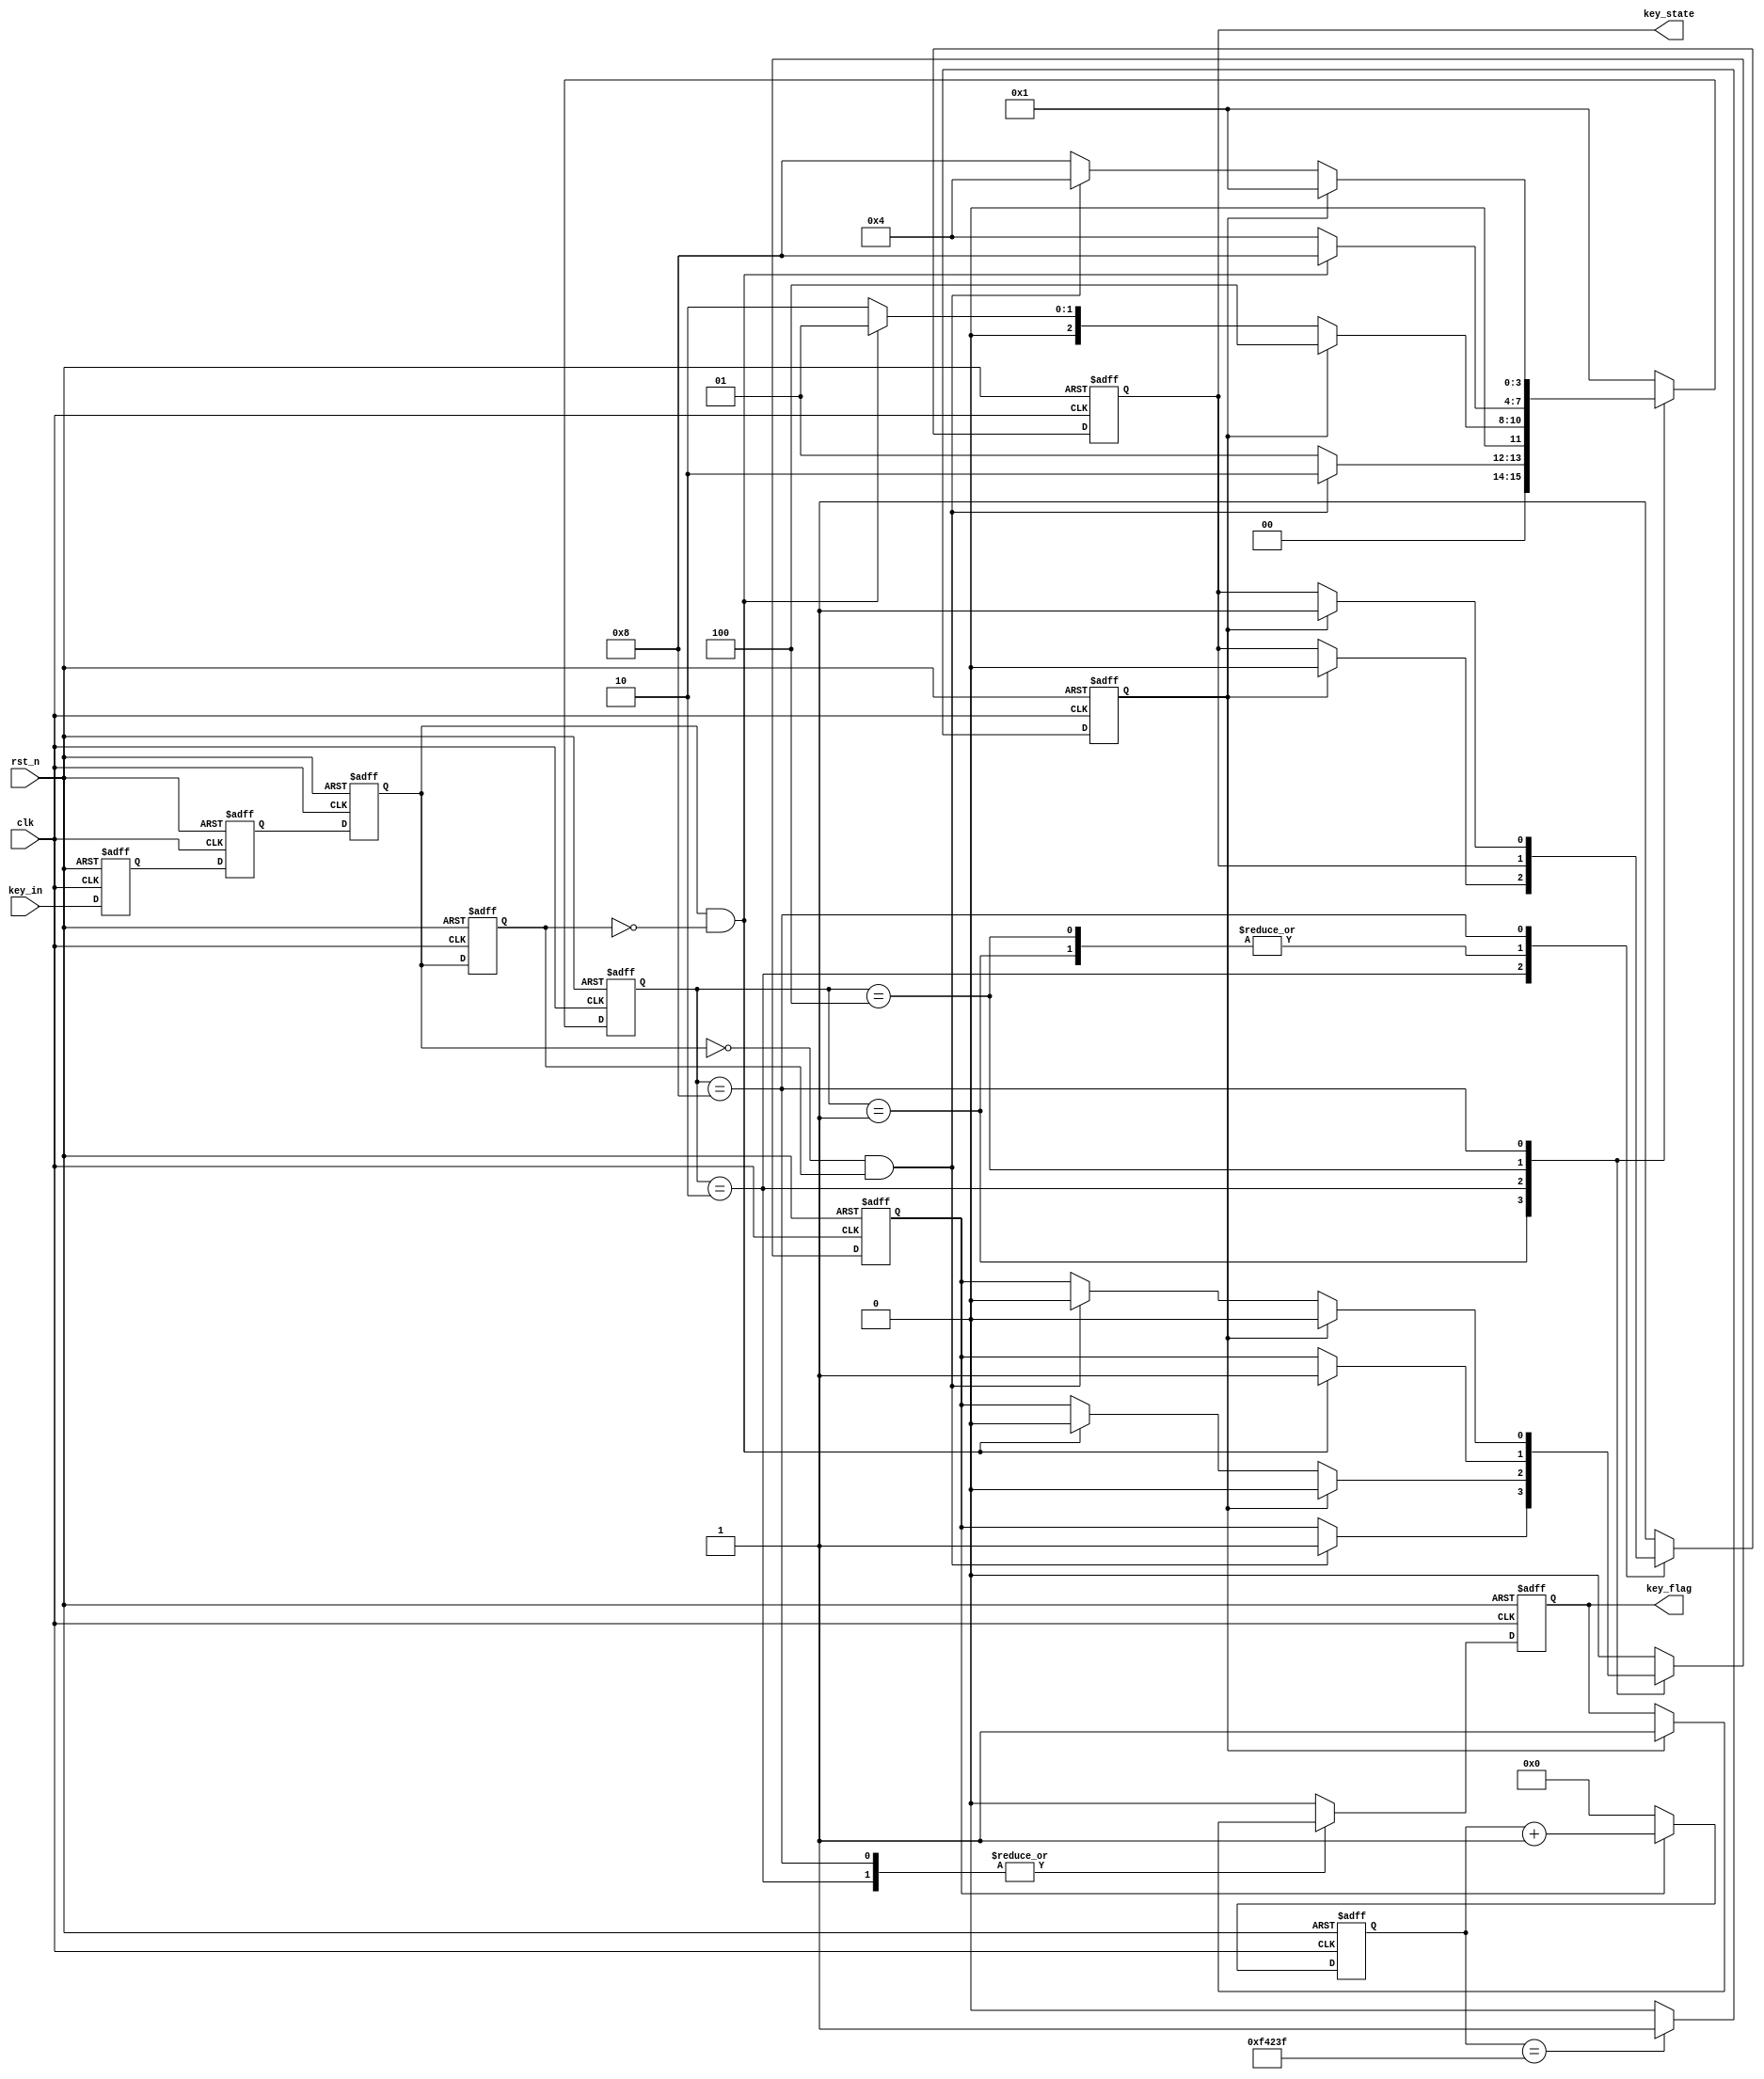
module key_filter(clk,
                  rst_n,
                  key_in,
                  key_flag,
                  key_state
                  );

	input clk;
	input rst_n;
	input key_in;
	
	output reg key_flag;
	output reg key_state;
	
	localparam
		IDEL		= 4'b0001,
		FILTER0	= 4'b0010,
		DOWN		= 4'b0100,
		FILTER1 	= 4'b1000;
		
	reg [3:0]state;
	reg [19:0]cnt;
	reg en_cnt;	//
	
//
	reg key_in_sa,key_in_sb;
	always@(posedge clk or negedge rst_n)
	if(!rst_n)begin
		key_in_sa <= 1'b0;
		key_in_sb <= 1'b0;
	end
	else begin
		key_in_sa <= key_in;
		key_in_sb <= key_in_sa;	
	end
	
	reg key_tmpa,key_tmpb;
	wire pedge,nedge;
	reg cnt_full;//
	
//D
	always@(posedge clk or negedge rst_n)
	if(!rst_n)begin
		key_tmpa <= 1'b0;
		key_tmpb <= 1'b0;
	end
	else begin
		key_tmpa <= key_in_sb;
		key_tmpb <= key_tmpa;	
	end

//	
	assign nedge = !key_tmpa & key_tmpb;
	assign pedge = key_tmpa & (!key_tmpb);
	
	always@(posedge clk or negedge rst_n)
	if(!rst_n)begin
		en_cnt <= 1'b0;
		state <= IDEL;
		key_flag <= 1'b0;
		key_state <= 1'b1;
	end
	else begin
		case(state)
			IDEL :
				begin
					key_flag <= 1'b0;
					if(nedge)begin
						state <= FILTER0;
						en_cnt <= 1'b1;
					end
					else
						state <= IDEL;
				end
					
			FILTER0:
				if(cnt_full)begin
					key_flag <= 1'b1;
					key_state <= 1'b0;
					en_cnt <= 1'b0;
					state <= DOWN;
				end
				else if(pedge)begin
					state <= IDEL;
					en_cnt <= 1'b0;
				end
				else
					state <= FILTER0;
					
			DOWN:
				begin
					key_flag <= 1'b0;
					if(pedge)begin
						state <= FILTER1;
						en_cnt <= 1'b1;
					end
					else
						state <= DOWN;
				end
			
			FILTER1:
				if(cnt_full)begin
					key_flag <= 1'b1;
					key_state <= 1'b1;
					en_cnt <= 1'b0;
					state <= IDEL;
				end
				else if(nedge)begin
					en_cnt <= 1'b0;
					state <= DOWN;
				end
				else
					state <= FILTER1;
			
			default:
				begin 
					state <= IDEL; 
					en_cnt <= 1'b0;		
					key_flag <= 1'b0;
					key_state <= 1'b1;
				end
				
		endcase	
	end
	
	always@(posedge clk or negedge rst_n)
	if(!rst_n)
		cnt <= 20'd0;
	else if(en_cnt)
		cnt <= cnt + 1'b1;
	else
		cnt <= 20'd0;
	
	always@(posedge clk or negedge rst_n)
	if(!rst_n)
		cnt_full <= 1'b0;
	else if(cnt == 999_999)
		cnt_full <= 1'b1;
	else
		cnt_full <= 1'b0;	

endmodule